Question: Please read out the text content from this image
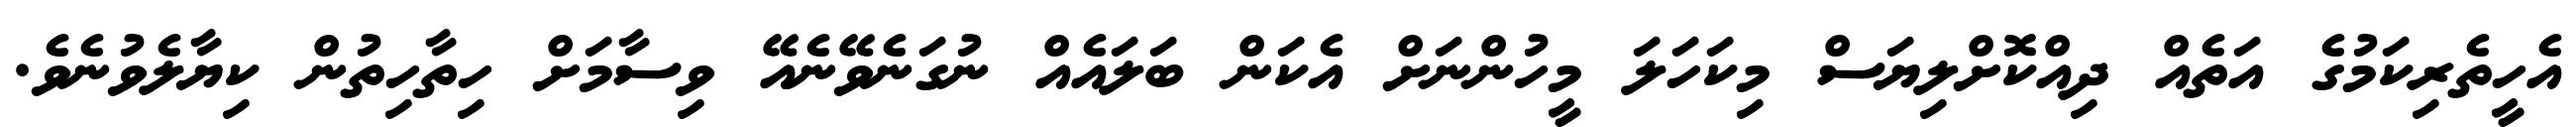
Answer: އެހީތެރިކަމުގެ އަތެއް ދިއްކޮށްލިޔަސް މިކަހަލަ މީހުންނަށް އެކަން ބަލައެއް ނުގަނެވޭނެއޭ ވިސާމަށް ހިތާހިތުން ކިޔާލެވުނެވެ.